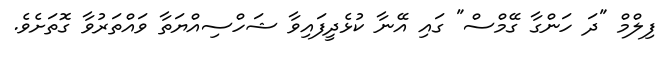
ފިލްމް "ދަ ހަންގާ ގޭމްސް" ގައި އޭނާ ކުޅެދީފައިވާ ޝަހްސިއްޔަތާ ވައްތަރުވާ ގޮތަށެވެ.